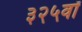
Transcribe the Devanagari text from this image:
३२५वॉ